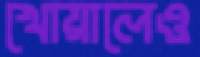
খোয়ালেও